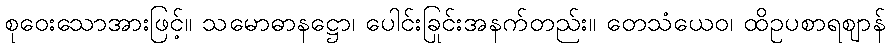
စုဝေးသောအားဖြင့်။ သမောဓာနဋ္ဌော၊ ပေါင်းခြင်းအနက်တည်း။ တေသံယေဝ၊ ထိုဥပစာရဈာန်